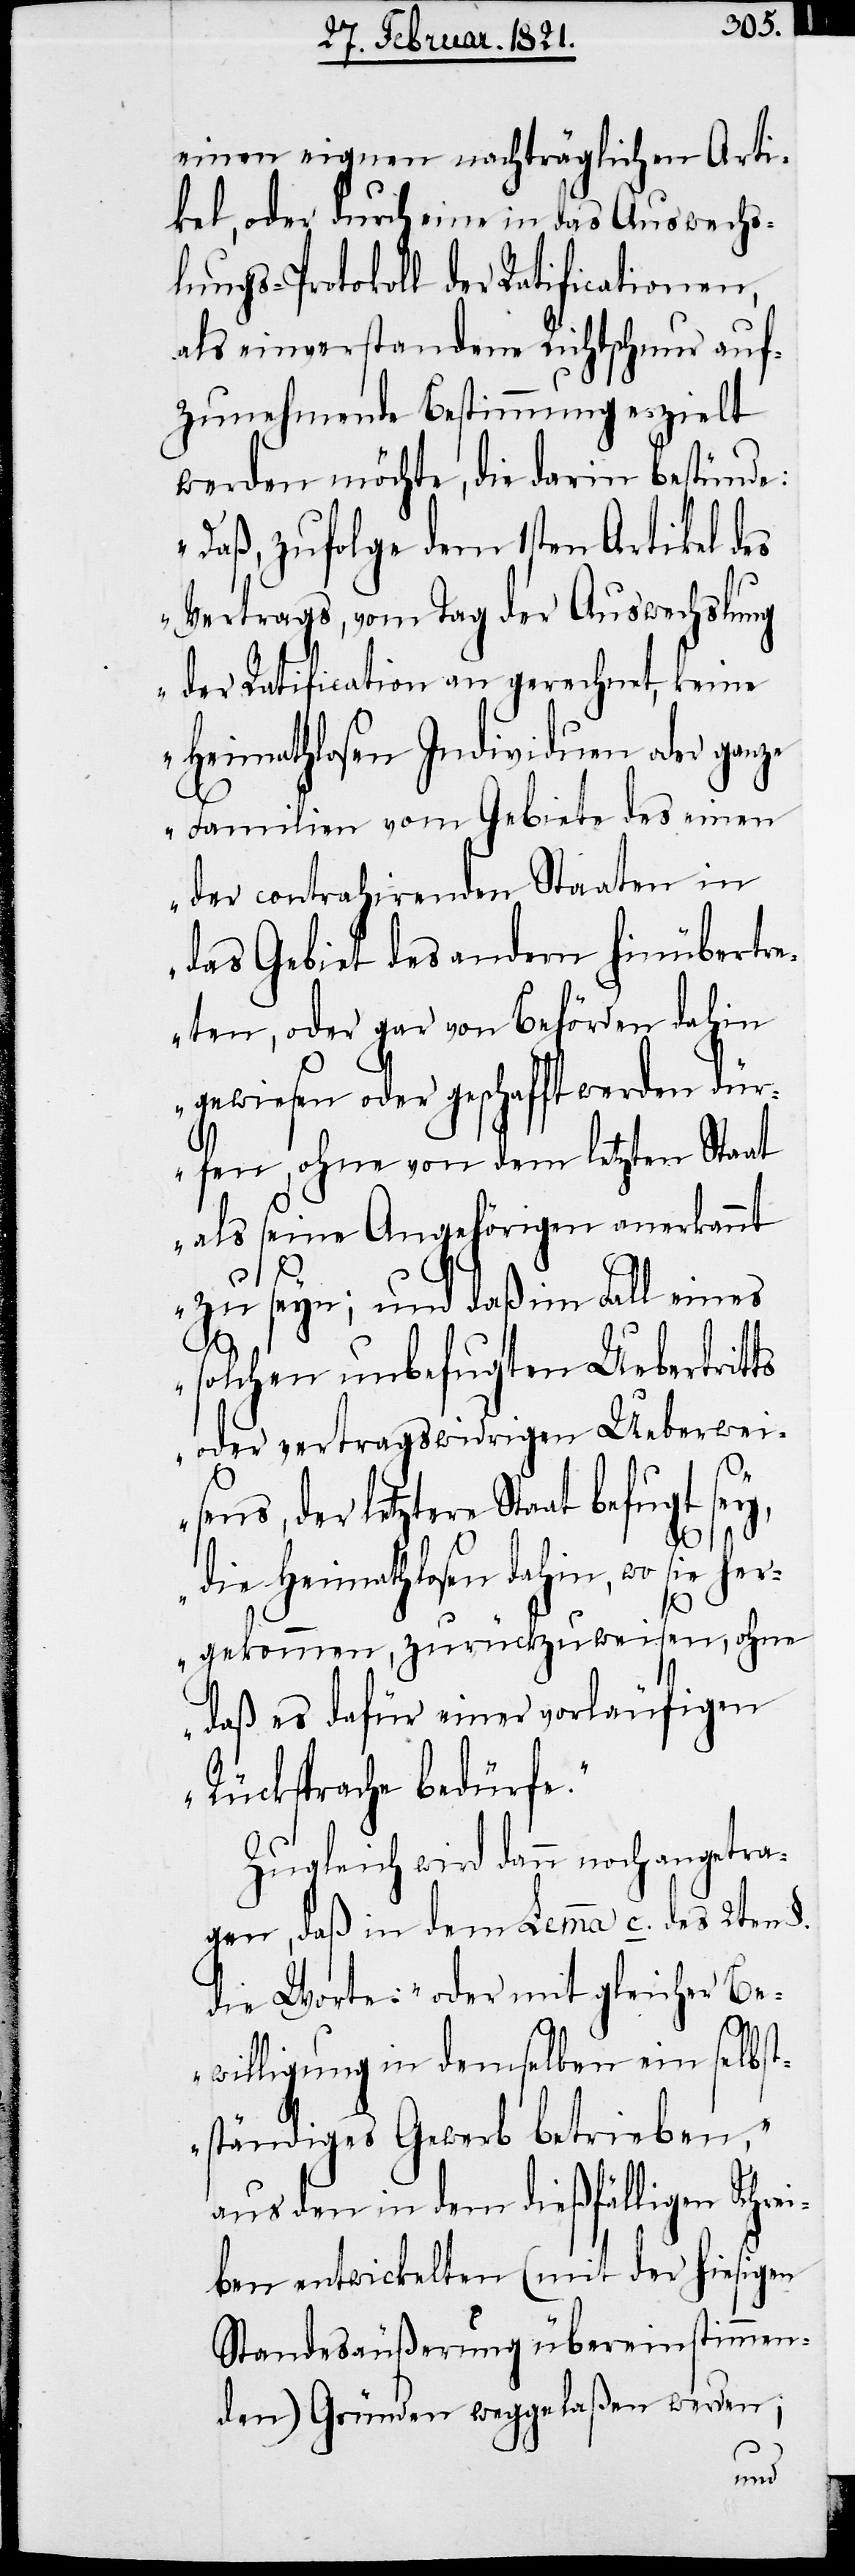
einen eignen nachträglichen Arti¬
kel, oder durch eine in das Auswechs¬
lungs-Protokoll der Ratificationen,
als einverstandene Richtschnur auf¬
zunehmende Bestimmung erzielt
werden möchte, die darin bestünde:
„Daß, zufolge dem 1sten Artikel des
Vertrages, vom Tag der Auswechslung
der Ratification an gerechnet, keine
heimathlosen Individuen oder ganze
Familien vom Gebiete des einen
der contrahirenden Staaten in
das Gebiet des andern hinübertr¬
eten, oder gar von Behörden dahin
gewiesen oder geschafft werden dür¬
fen, ohne von dem letzten Staat
als seine Angehörigen anerkannt
zu seyn; und daß im Fall eines
solchen unbefugten Uebertritts
oder vertragswidrigen Ueberwei¬
sens, der letztere Staat be¬
fugt
die Heimathlosen dahin, wo sie her¬
gekommen, zurückzuweisen, ohne
daß es dafür einer vorläufigen
Rücksprache bedürfe.“
Zugleich wird dann noch angetra¬
gen, daß in dem Lemma c. des 2ten §.
die Worte: „oder mit gleicher Be¬
willigung in demselben ein selbst¬
ständiges Gewerb betrieben,“
aus dem in dem dießfälligen Schre¬
iben entwickelten (mit der hiesigen
Standesäußerung übereinstimmen¬
den) Gründen weggelaßen werden;